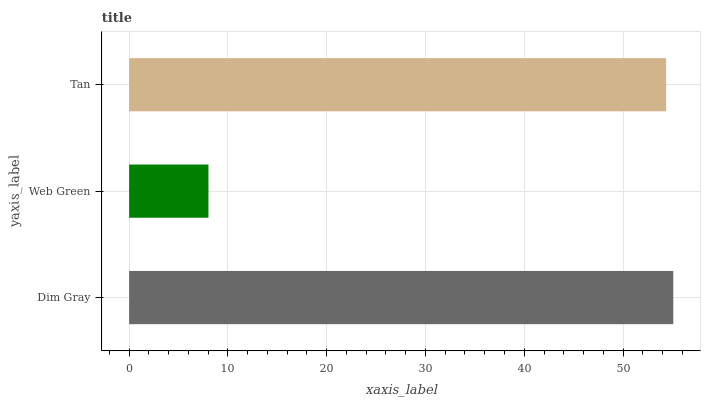
| yaxis_label | bars |
 | --- | --- |
 | Dim Gray | 55.1 |
 | Web Green | 8.03 |
 | Tan | 54.4 |